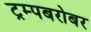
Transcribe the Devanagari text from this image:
ट्रम्पबरोबर